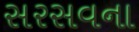
સરસવના